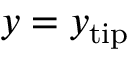
y = y _ { \mathrm { t i p } }